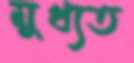
মুখ্যত